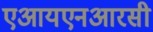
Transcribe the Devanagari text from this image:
एआयएनआरसी